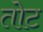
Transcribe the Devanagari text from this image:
तोट